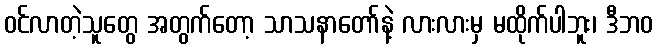
ဝင်လာတဲ့သူတွေ အတွက်တော့ သာသနာတော်နဲ့ လားလားမှ မထိုက်ပါဘူး၊ ဒီဘဝ